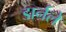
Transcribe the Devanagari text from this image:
डार्नले